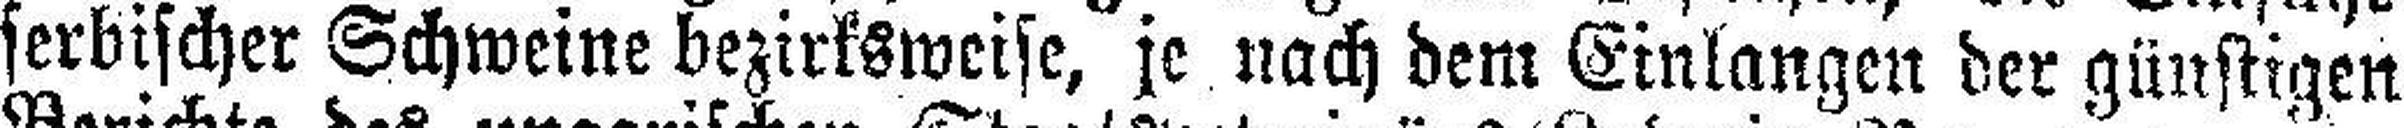
serbischer Schweine bezirksweise, je nach dem Einlangen der günstigen